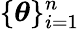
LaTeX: \lbrace\boldsymbol{\theta}\rbrace_{i=1}^{n}